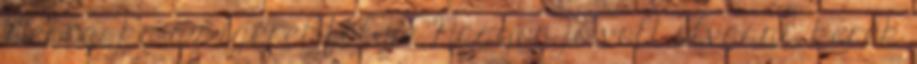
Nebraska az ígéret földje Nagyon jó volt olvasni, kerek